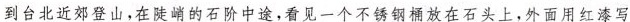
到台北近郊登山,在陡峭的石阶中途，看见一个不锈钢桶放在石头上，外面用红漆写